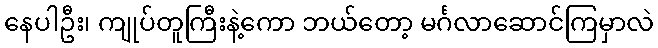
နေပါဦး၊ ကျုပ်တူကြီးနဲ့ကော ဘယ်တော့ မင်္ဂလာဆောင်ကြမှာလဲ